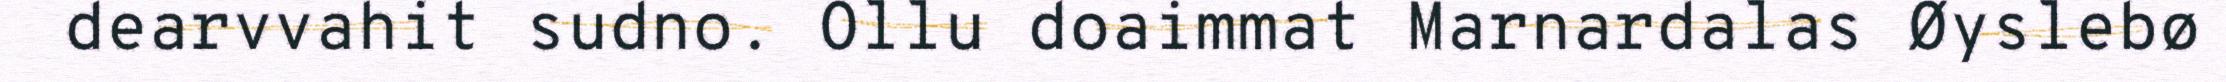
dearvvahit sudno. Ollu doaimmat Marnardalas Øyslebø